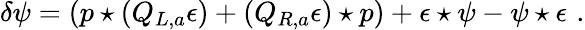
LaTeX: \delta\psi=(p\star(Q_{L,a}\epsilon)+(Q_{R,a}\epsilon)\star p)+\epsilon\star\psi-\psi\star\epsilon\, \, .